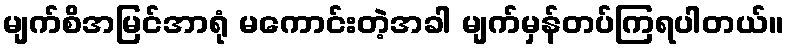
မျက်စိအမြင်အာရုံ မကောင်းတဲ့အခါ မျက်မှန်တပ်ကြရပါတယ်။